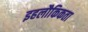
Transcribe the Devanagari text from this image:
इहलौकिकता